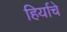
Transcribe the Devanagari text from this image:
हिर्याचे